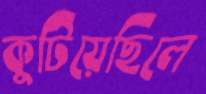
কুটিয়েছিলে